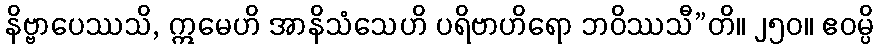
နိဗ္ဗာပေဿသိ, ဣမေဟိ အာနိသံသေဟိ ပရိဗာဟိရော ဘဝိဿသီ”တိ။ ၂၅၀။ ဧဝမ္ပိ